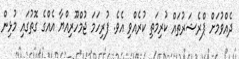
ދެއްވުމަށް ޕްރެޝަރުތައް ކުރިމަތި ކުރެއްވި އެވެ. ފުރިހަމަ ޖުމްހޫރިއްޔާ އެއްގެ ގޮތުގައި މުޅިން